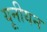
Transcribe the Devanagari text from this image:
यूनीयन